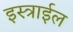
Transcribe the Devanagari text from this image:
इस्त्राईल